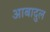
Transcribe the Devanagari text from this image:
आबादुल